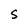
Character: S